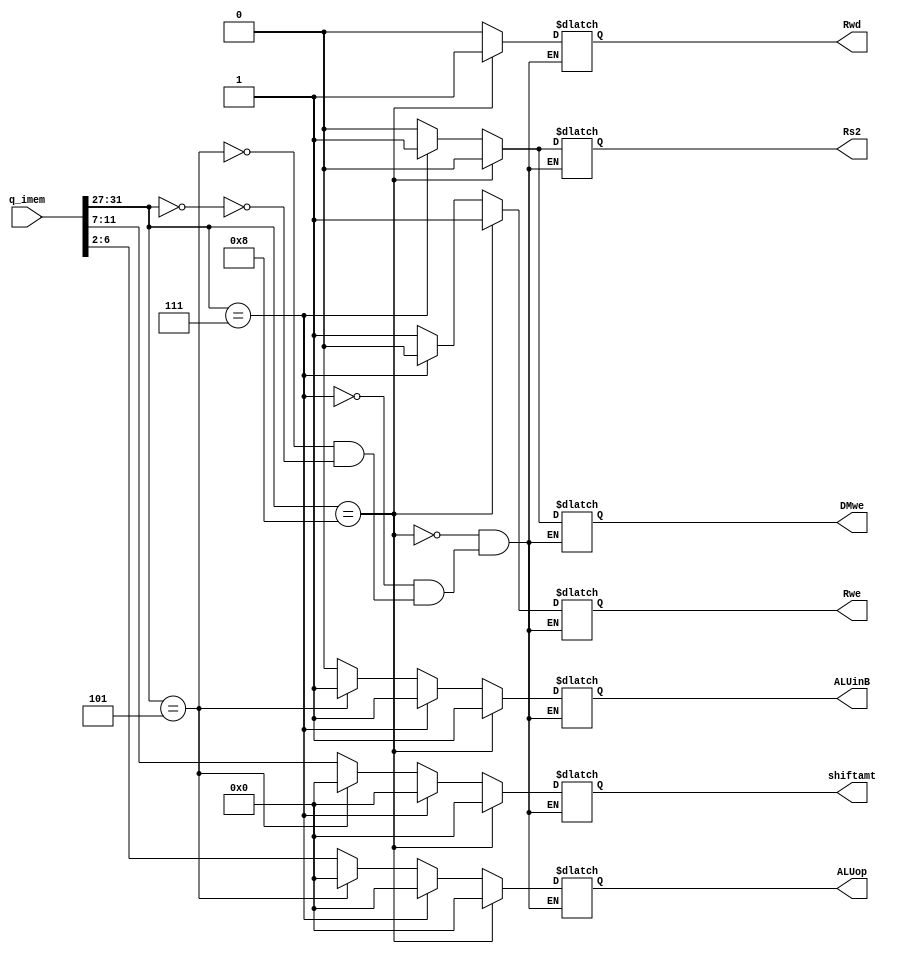
module controlSignals(q_imem,Rwe,Rs2,ALUinB,DMwe,Rwd,ALUop,shiftamt);

input [31:0] q_imem;
output Rwe,Rs2,ALUinB,DMwe,Rwd;
output [4:0] ALUop,shiftamt;

reg inner_Rwe,inner_Rs2,inner_ALUinB,inner_DMwe,inner_Rwd;
reg[4:0] inner_ALUop,inner_shiftamt;

assign Rwe=inner_Rwe;
assign Rs2=inner_Rs2;
assign ALUinB=inner_ALUinB;
assign DMwe=inner_DMwe;
assign Rwd=inner_Rwd;

assign ALUop=inner_ALUop;
assign shiftamt=inner_shiftamt;

always @* begin
	if(q_imem[31:27]==5'b00000) begin //add,sub,and,or,sll,sra
		inner_Rwe=1'b1;
		inner_Rs2=1'b0;
		inner_ALUinB=1'b0;
		inner_DMwe=1'b0;
		inner_Rwd=1'b0;
		inner_ALUop=q_imem[6:2];
		inner_shiftamt=q_imem[11:7];
	 end
	 
	 if(q_imem[31:27]==5'b00101) begin //addi
		inner_Rwe=1'b1;
		inner_Rs2=1'b0;  
		inner_ALUinB=1'b1;
		inner_DMwe=1'b0;
		inner_Rwd=1'b0;
		inner_ALUop=5'b00000;
		inner_shiftamt=5'b00000;
	 end
	 
	 if(q_imem[31:27]==5'b00111) begin //sw
		inner_Rwe=1'b0;
		inner_Rs2=1'b1;  
		inner_ALUinB=1'b1;
		inner_DMwe=1'b1;
		inner_Rwd=1'b0;
		inner_ALUop=5'b00000;
		inner_shiftamt=5'b00000;
	 end
	 
	 if(q_imem[31:27]==5'b01000) begin //lw
		inner_Rwe=1'b1;
		inner_Rs2=1'b0;  
		inner_ALUinB=1'b1;
		inner_DMwe=1'b0;
		inner_Rwd=1'b1;
		inner_ALUop=5'b00000;
		inner_shiftamt=5'b00000;
	 end
end
endmodule